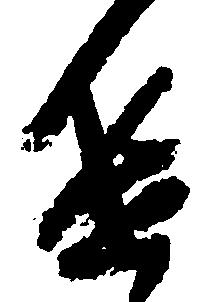
進